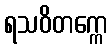
ရသဝိတက္ကေ